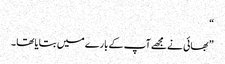
“
” بھائی نے مجھے آپ کے بارے میں بتایا تھا ۔